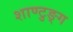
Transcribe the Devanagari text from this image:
शाण्टुङ्ग